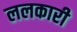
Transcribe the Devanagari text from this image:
ललकारी